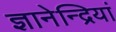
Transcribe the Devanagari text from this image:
ज्ञानेन्द्रियां